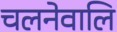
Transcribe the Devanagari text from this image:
चलनेवालि